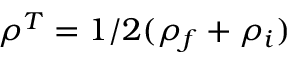
\rho ^ { T } = 1 / 2 ( \rho _ { f } + \rho _ { i } )